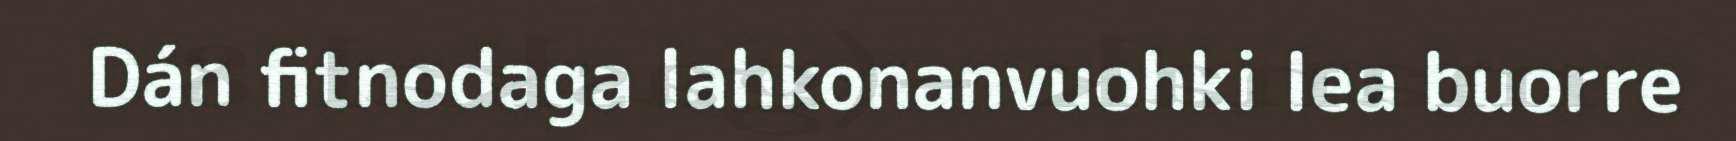
Dán fitnodaga lahkonanvuohki lea buorre